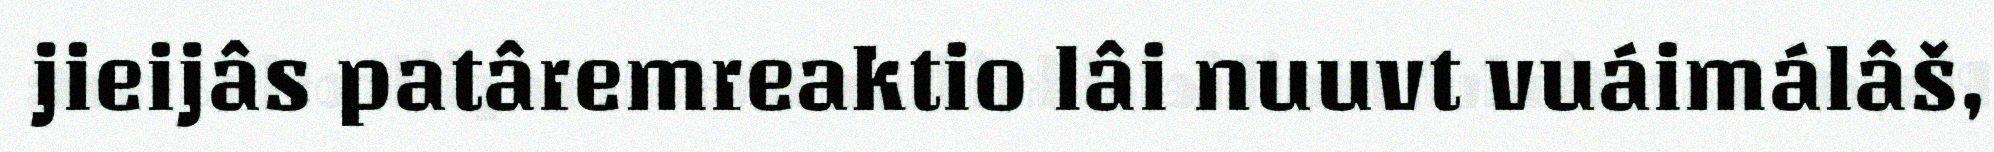
jieijâs patâremreaktio lâi nuuvt vuáimálâš,